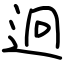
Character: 迥